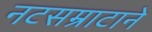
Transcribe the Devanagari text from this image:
नटसम्राटाने